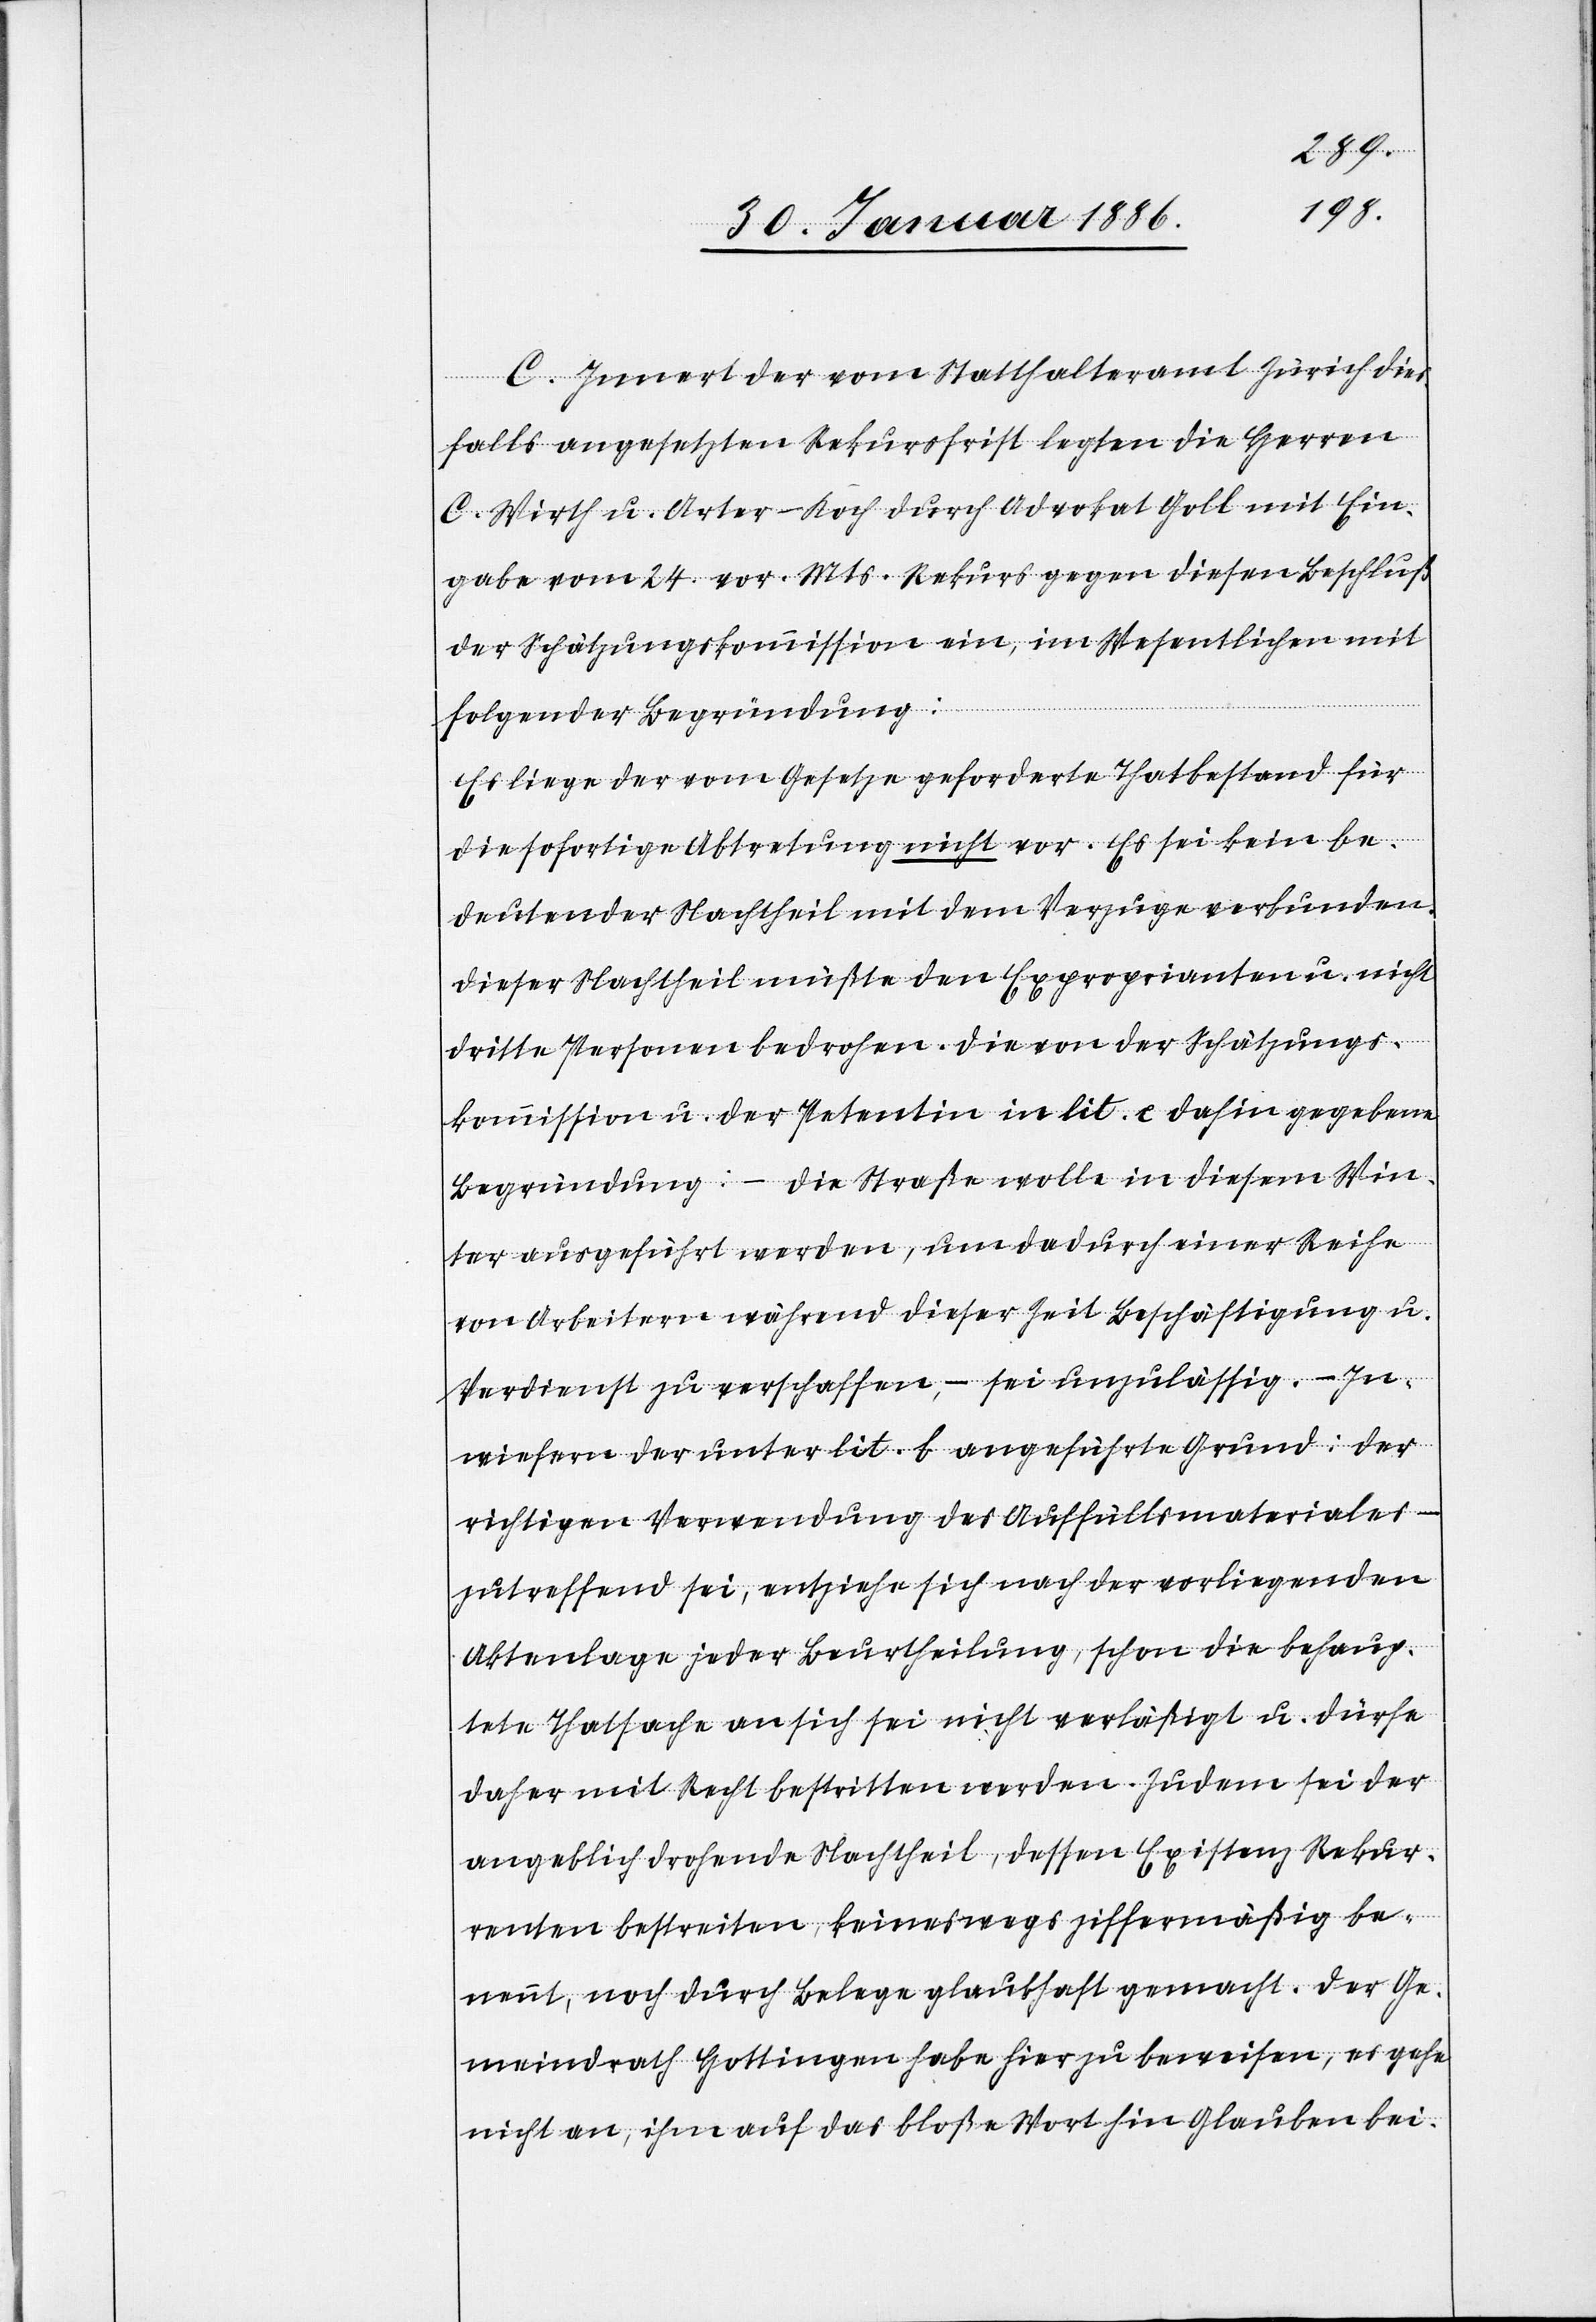
C. Innert der vom Statthalteramt Zürich dies¬
falls eingesetzten Rekursfrist legten die Herren
C. Wirth u. Arter-Koch durch Advokat Goll mit Ein¬
gabe vom 24. vor. Mts. Rekurs gegen diesen Beschluß
der Schätzungskommission ein, im Wesentlichen mit
folgender Begründung:
Es liege der vom Gesetze geforderte Thatbestand für
die sofortige Abtretung nicht vor. Es sei kein be¬
deutender Nachtheil mit dem Verzuge verbunden.
Dieser Nachtheil müßte den Exproprianten u. nicht
dritte Personen bedrohen. Die von der Schätzungs¬
kommission u. der Petentin in lit. c dahin gegebene
Begründung: – die Straße wolle in diesem Win¬
ter ausgeführt werden, um dadurch einer Reihe
von Arbeitern währen dieser Zeit Beschäftigung u.
Verdienst zu verschaffen, – sei unzulässig.- – in¬
wiefern der unter lit. b angeführte Grund: der
richtigen Verwendung des Auffüllsmateriales –
zutreffend sei, entziehe sich nach der vorliegenden
Aktenlage jeder Beurtheilung, schon die behaup¬
tete Thatsache an sich sei nicht verläßlich u. dürfe
daher mit Rech bestritten werden. Zudem sei der
angeblich drohende Nachtheil, dessen Existenz Rekur¬
renten bestreiten, keineswegs ziffermäßig be¬
nennt, noch durch Belege glaubhaft gemacht. Der Ge¬
meindrath Hottingen habe hier zu beweisen, es gehe
nicht an, ihm auf das bloße Wort hin Glauben bei-